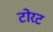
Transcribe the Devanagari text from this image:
टोरट